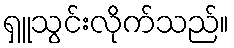
ရှူသွင်းလိုက်သည်။